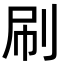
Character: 刷